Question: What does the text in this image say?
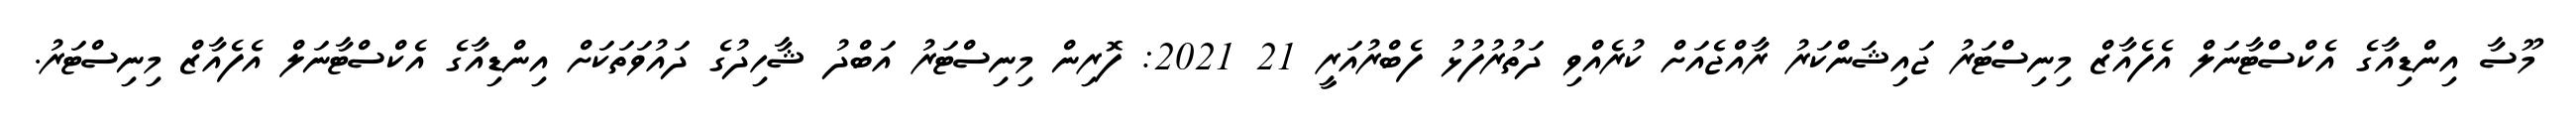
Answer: މޫސާ އިންޑިއާގެ އެކްސްޓާނަލް އެފެއާޒް މިނިސްޓަރު ޖައިޝަންކަރު ރާއްޖެއަށް ކުރެއްވި ދަތުރުފުޅު ފެބްރުއަރީ 21 2021: ފޮރިން މިނިސްޓަރު އަބްދު ޝާހިދުގެ ދައުވަތަކަށް އިންޑިއާގެ އެކްސްޓާނަލް އެފެއާޒް މިނިސްޓަރު.